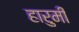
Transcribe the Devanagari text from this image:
हारुमी